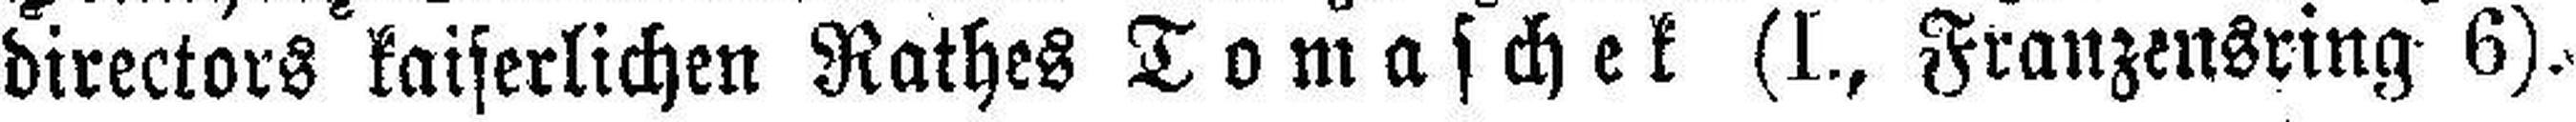
directors kaiserlichen Rathes Tomaschek (I., Franzensring 6).